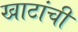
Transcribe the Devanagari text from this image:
खाटांची